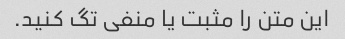
این متن را مثبت یا منفی تگ کنید.